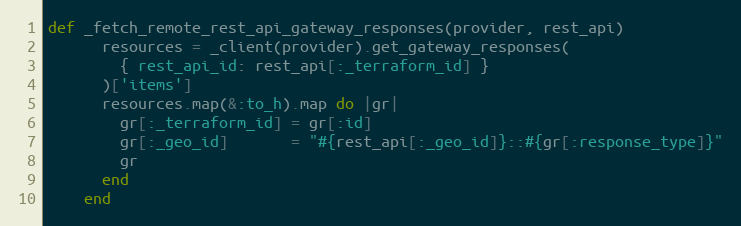
Language: Ruby
def _fetch_remote_rest_api_gateway_responses(provider, rest_api)
      resources = _client(provider).get_gateway_responses(
        { rest_api_id: rest_api[:_terraform_id] }
      )['items']
      resources.map(&:to_h).map do |gr|
        gr[:_terraform_id] = gr[:id]
        gr[:_geo_id]       = "#{rest_api[:_geo_id]}::#{gr[:response_type]}"
        gr
      end
    end